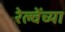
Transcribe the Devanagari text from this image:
रेल्वेंच्या